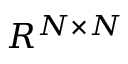
R ^ { N \times N }